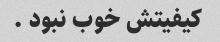
کیفیتش خوب نبود .